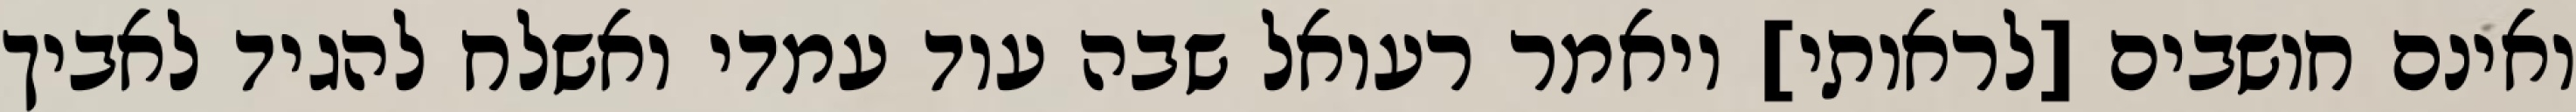
ואינם חושבים [לראותי] ויאמר רעואל שבה עוד עמדי ואשלח להגיד לאביך